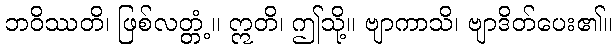
ဘဝိဿတိ၊ ဖြစ်လတ္တံ့။ ဣတိ၊ ဤသို့။ ဗျာကာသိ၊ ဗျာဒိတ်ပေး၏။